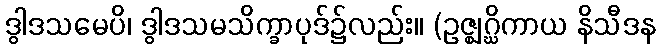
ဒွါဒသမေပိ၊ ဒွါဒသမသိက္ခာပုဒ်၌လည်း။ (ဥဇ္ဈဂ္ဃိကာယ နိသီဒန